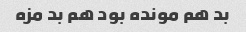
بد هم مونده بود هم بد مزه